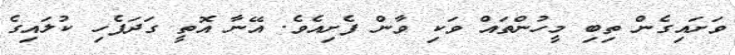
ވަށައިގެން ތިބި މީހުންތައް ވަކި ވާން ފެށިއެވެ. އޭނާ އޮތީ ގަދަފެހި ކުލައިގެ